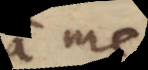
a me